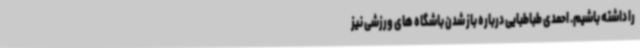
را داشته باشیم. احمدی طباطبایی درباره باز شدن باشگاه های ورزشی نیز